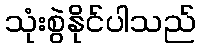
သုံးစွဲနိုင်ပါသည်